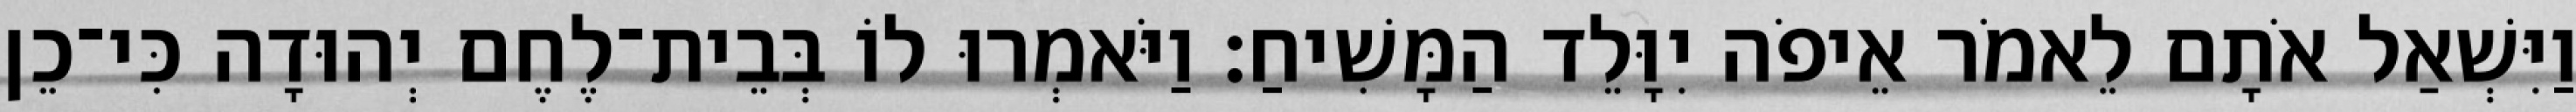
וַיִּשְׁאַל אֹתָם לֵאמֹר אֵיפֹה יִוָּלֵד הַמָּשִׁיחַ׃ וַיֹּאמְרוּ לוֹ בְּבֵית־לֶחֶם יְהוּדָה כִּי־כֵן